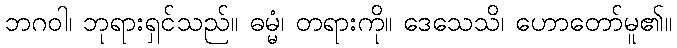
ဘဂဝါ၊ ဘုရားရှင်သည်။ ဓမ္မံ၊ တရားကို။ ဒေသေသိ၊ ဟောတော်မူ၏။